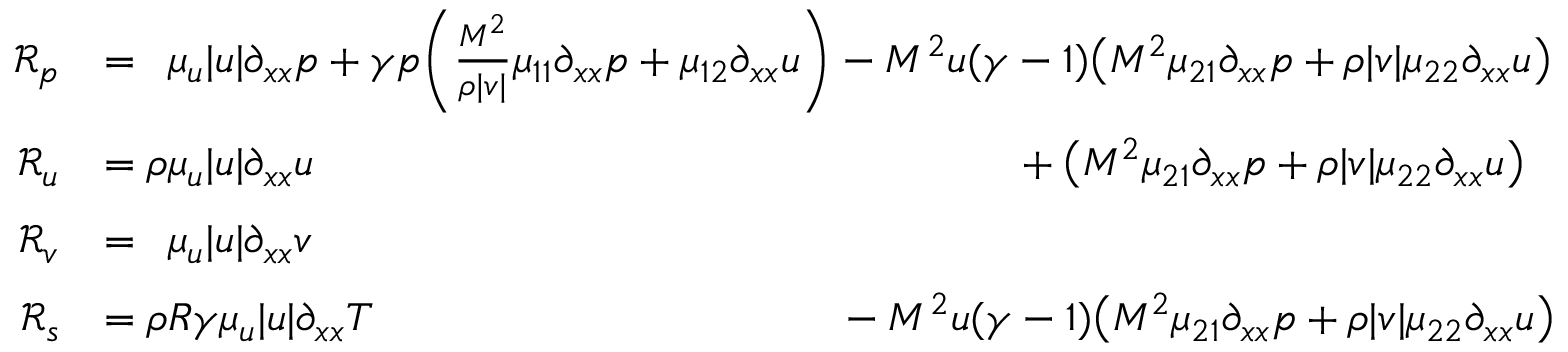
\begin{array} { r l } { \mathcal { R } _ { p } } & { = \phantom { \rho } \mu _ { u } | u | \partial _ { x x } p + \gamma p \bigg ( \frac { M ^ { \- 2 } } { \rho | v | } \mu _ { 1 1 } \partial _ { x x } p + \mu _ { 1 2 } \partial _ { x x } u \bigg ) - M ^ { 2 } u ( \gamma - 1 ) \big ( M ^ { \- 2 } \mu _ { 2 1 } \partial _ { x x } p + \rho | v | \mu _ { 2 2 } \partial _ { x x } u \big ) } \\ { \mathcal { R } _ { u } } & { = \rho \mu _ { u } | u | \partial _ { x x } u \phantom { + \gamma p \bigg ( \frac { M ^ { \- 2 } } { \rho | v | } \mu _ { 1 1 } \partial _ { x x } p + \mu _ { 1 2 } \partial _ { x x } u \bigg ) } \phantom { M ^ { 2 } ( \gamma - 1 ) u } + \big ( M ^ { \- 2 } \mu _ { 2 1 } \partial _ { x x } p + \rho | v | \mu _ { 2 2 } \partial _ { x x } u \big ) } \\ { \mathcal { R } _ { v } } & { = \phantom { \rho } \mu _ { u } | u | \partial _ { x x } v } \\ { \mathcal { R } _ { s } } & { = \rho R \gamma \mu _ { u } | u | \partial _ { x x } T \phantom { \gamma p \bigg ( \frac { M ^ { \- 2 } } { \rho | v | } \mu _ { 1 1 } \partial _ { x x } p + \mu _ { 1 2 } \partial _ { x x } u \bigg ) } - M ^ { 2 } u ( \gamma - 1 ) \big ( M ^ { \- 2 } \mu _ { 2 1 } \partial _ { x x } p + \rho | v | \mu _ { 2 2 } \partial _ { x x } u \big ) } \end{array}